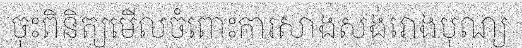
ចុះពិនិត្យមើលចំពោះការសាងសង់រោងបុណ្យ